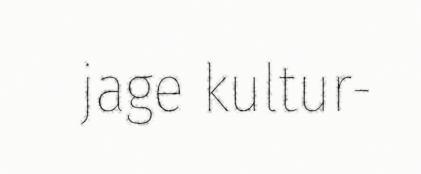
jage kultur-